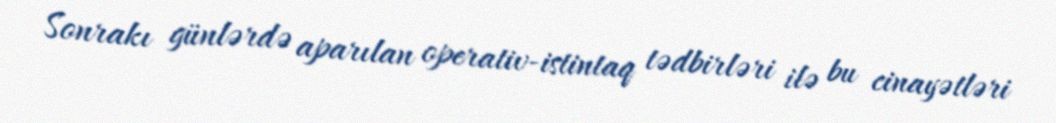
Sonrakı günlərdə aparılan operativ-istintaq tədbirləri ilə bu cinayətləri